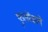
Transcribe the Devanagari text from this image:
फूलोंवाले